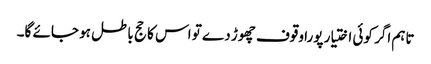
تاہم اگر کوئی اختیار پورا وقوف چھوڑ دے تو اس کا حج باطل ہو جائے گا۔